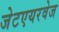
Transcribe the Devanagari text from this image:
जेटएयरवेज